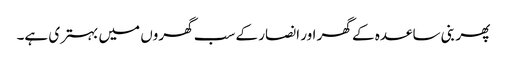
پھر بنی ساعدہ کے گھر اور انصار کے سب گھروں میں بہتری ہے۔